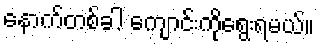
နောက်တစ်ခါ ကျောင်းကိုရွေးရမယ်။